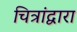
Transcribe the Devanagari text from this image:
चित्रांद्वारा